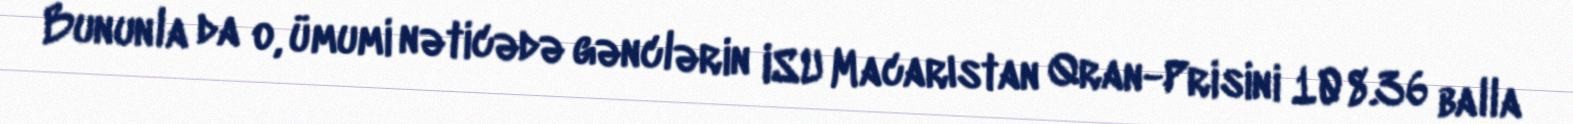
Bununla da o, ümumi nəticədə gənclərin ISU Macarıstan Qran-Prisini 108.36 balla